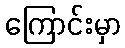
ကြောင်းမှာ